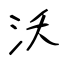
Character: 沃